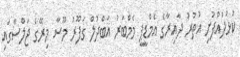
ކުޅުދުއްފުށި އުތުރު ދާއިރާގެ އެމްޑީޕީ މެމްބަރު އަބްދުލް ގަފޫރު މޫސާ މިރޭގެ ޖަލްސާގައި